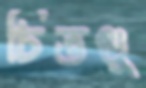
চিত্তগুু